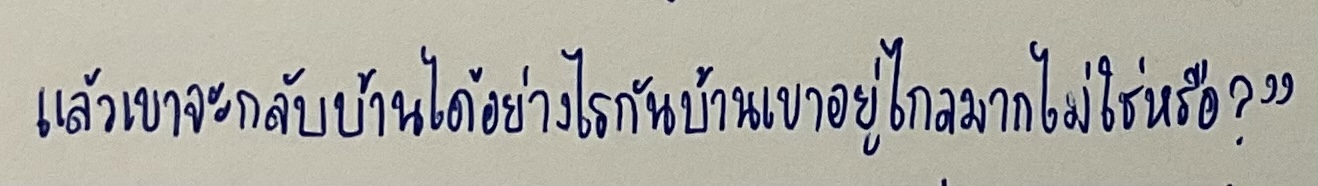
แล้วเขาจะกลับบ้านได้อย่างไรกันบ้านเขาอยู่ไกลมากไม่ใช่หรือ?"